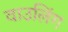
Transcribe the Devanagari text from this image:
वाउलिंग